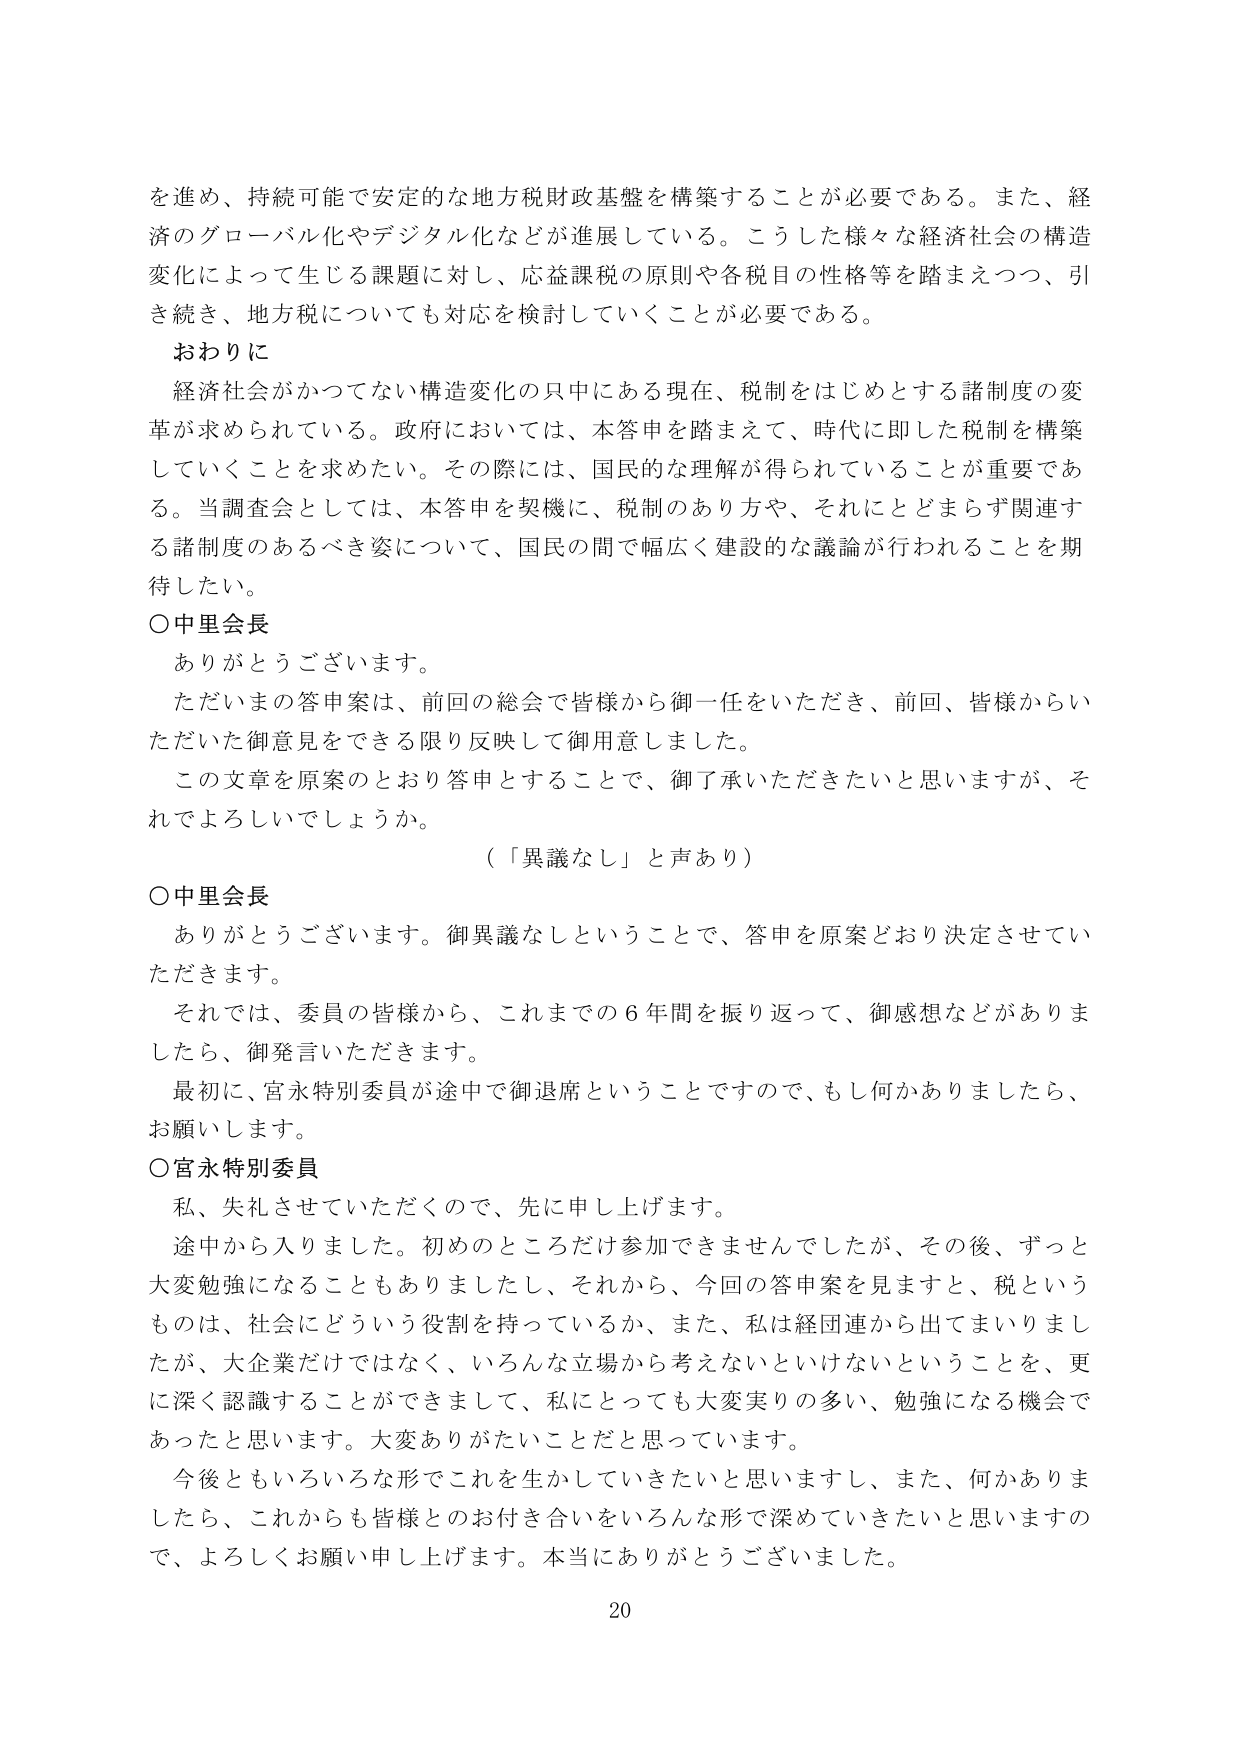
を進め、持続可能で安定的な地方税財政基盤を構築することが必要である。また、経済のグローバル化やデジタル化などが進展している。こうした様々な経済社会の構造変化によって生じる課題に対し、応益課税の原則や各税目の性格等を踏まえつつ、引き続き、地方税についても対応を検討していくことが必要である。

おわりに
経済社会がかつてない構造変化の只中にある現在、税制をはじめとする諸制度の変革が求められている。政府においては、本答申を踏まえて、時代に即した税制を構築していくことを求めたい。その際には、国民的な理解が得られていることが重要である。当調査会としては、本答申を契機に、税制のあり方や、それにとどまらず関連する諸制度のあるべき姿について、国民の間で幅広く建設的な議論が行われることを期待したい。

○中里会長
ありがとうございます。
ただいまの答申案は、前回の総会で皆様から御一任をいただき、前回、皆様からいただいた御意見をできる限り反映して御用意しました。
この文章を原案のとおり答申とすることで、御了承いただきたいと思いますが、それでよろしいでしょうか。
（「異議なし」と声あり）

○中里会長
ありがとうございます。御異議なしということで、答申を原案どおり決定させていただきます。
それでは、委員の皆様から、これまでの６年間を振り返って、御感想などがありましたら、御発言いただきます。
最初に、宮永特別委員が途中で御退席ということですので、もし何かありましたら、お願いします。

○宮永特別委員
私、失礼させていただくので、先に申し上げます。
途中から入りました。初めのところだけ参加できませんでしたが、その後、ずっと大変勉強になることもありましたし、それから、今回の答申案を見ますと、税というものは、社会にどういう役割を持っているか、また、私は経団連から出てまいりましたが、大企業だけではなく、いろんな立場から考えないといけないということを、更に深く認識することができまして、私にとっても大変実りの多い、勉強になる機会であったと思います。大変ありがたいことだと思っています。
今後ともいろいろな形でこれを生かしていきたいと思いますし、また、何かありましたら、これからも皆様とのお付き合いをいろんな形で深めていきたいと思いますので、よろしくお願い申し上げます。本当にありがとうございました。

20